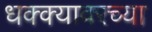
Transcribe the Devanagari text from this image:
धक्क्यावरच्या